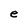
Character: e